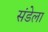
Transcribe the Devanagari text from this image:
संडेला